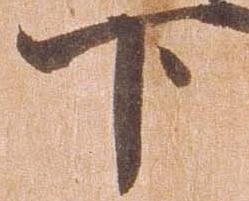
下